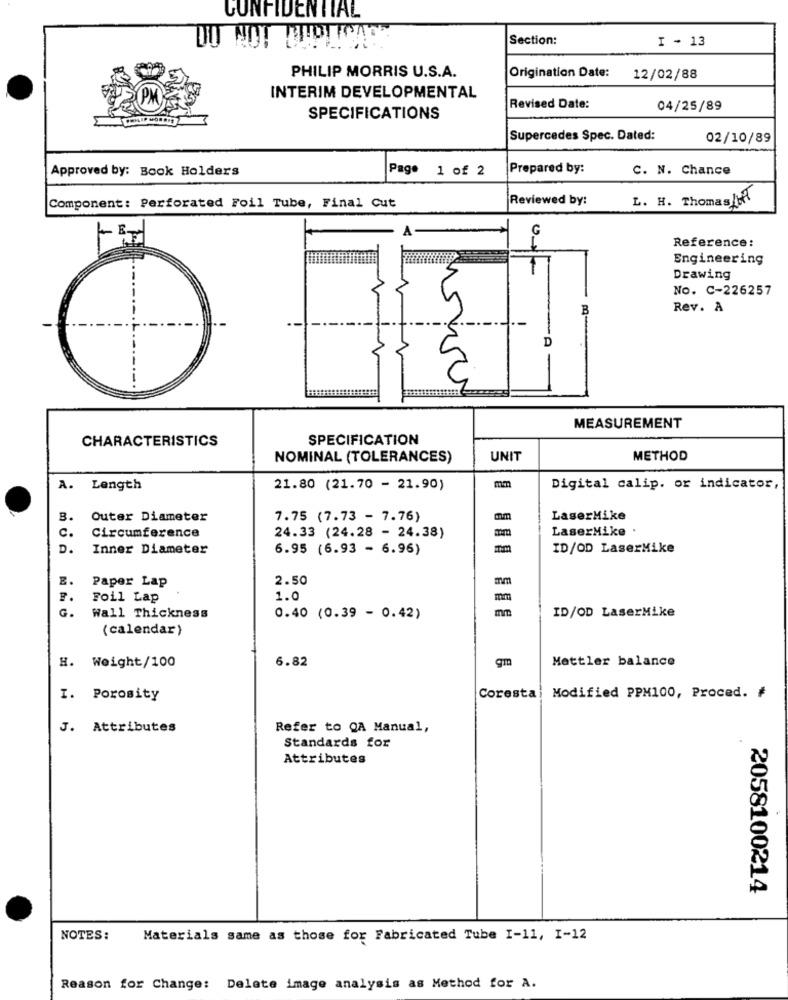
CONFIDENTIAL
DO NOT MIDICA
Section:
I - 13
PHILIP MORRIS U.S.A.
Origination Date:
12/02/88
INTERIM DEVELOPMENTAL
Revised Date:
04/25/89
SPECIFICATIONS
Supercedes Spec. Dated:
02/10/89
Approved by: Book Holders
Page 1 of 2
Prepared by:
C. N. Chance
Reviewed by:
L. H. Thomas /H
Component: Perforated Foil Tube, Final Cut
A
G
Reference:
Engineering
Drawing
No. C-226257
B
Rev. A
D
MEASUREMENT
CHARACTERISTICS
SPECIFICATION
NOMINAL (TOLERANCES)
UNIT
METHOD
A. Length
21.80 (21.70 - 21.90)
mm
Digital calip. or indicator,
B.
Outer Diameter
7.75 (7.73 - 7.76)
mm
LaserMike
LaserMike
c.
Circumference
24.33 (24.28 - 24.38)
D.
Inner Diameter
6.95 (6.93 - 6.96)
ID/OD LaserMike
E.
Paper Lap
2.50
mm
F.
Foil Lap
1.0
mm
G.
Wall Thickness
0.40 (0.39 - 0.42)
ID/OD LaserMike
(calendar)
6.82
gm
Mettler balance
H. Weight/100
I. Porosity
Coresta
Modified PPM100, Proced. #
J. Attributes
Refer to QA Manual,
Standards for
Attributes
2058100214
NOTES:
Materials same as those for Fabricated Tube I-11, I-12
Reason for Change: Delete image analysis as Method for A.